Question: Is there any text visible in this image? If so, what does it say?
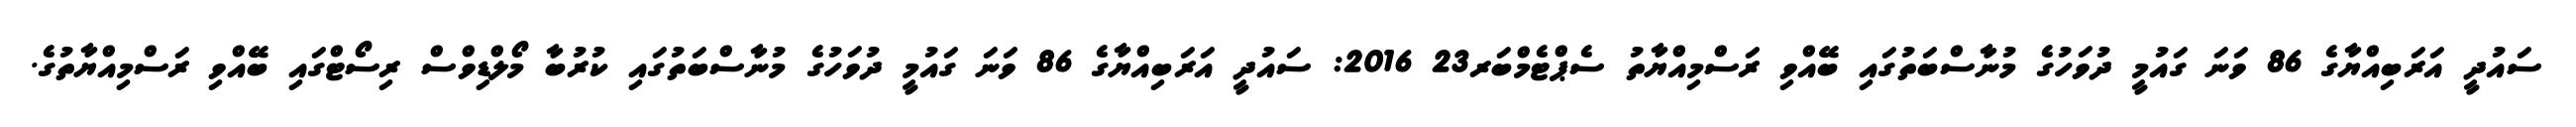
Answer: ސައުދީ އަރަބިއްޔާގެ 86 ވަނަ ގައުމީ ދުވަހުގެ މުނާސްބަތުގައި ބޭއްވި ރަސްމިއްޔާތު ސެޕްޓެމްބަރ23 2016: ސައުދީ އަރަބިއްޔާގެ 86 ވަނަ ގައުމީ ދުވަހުގެ މުނާސްބަތުގައި ކުރުބާ މޯލްޑިވްސް ރިސޯޓްގައި ބޭއްވި ރަސްމިއްޔާތުގެ.